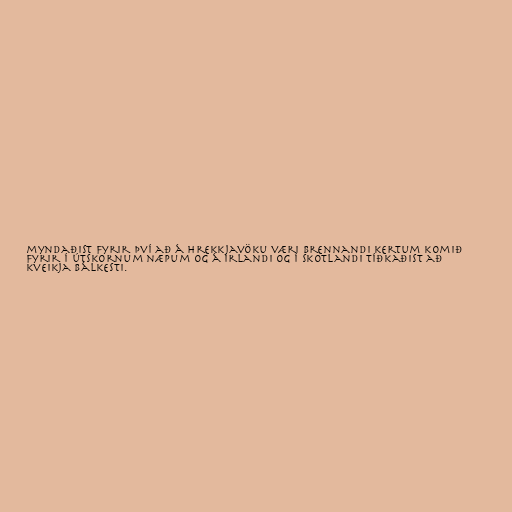
myndaðist fyrir því að á hrekkjavöku væri brennandi kertum komið
fyrir í útskornum næpum og á Írlandi og í Skotlandi tíðkaðist að
kveikja bálkesti.